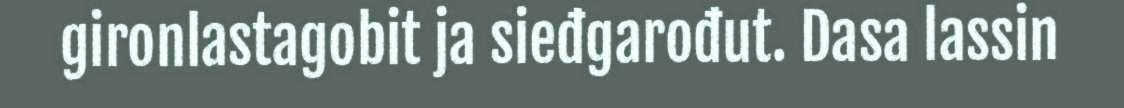
gironlastagobit ja sieđgarođut. Dasa lassin